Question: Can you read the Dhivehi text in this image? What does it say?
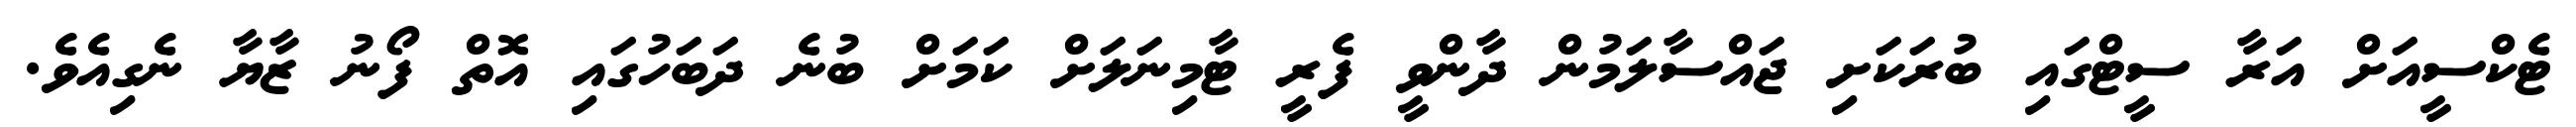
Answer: ޓެކްސީއަށް އަރާ ސީޓްގައި ބުރަކަށި ޖައްސާލަމުން ދާންވީ ފެރީ ޓާމިނަލަށް ކަމަށް ބުނެ ދަބަހުގައި އޮތް ފޯނު ޒާޔާ ނެގިއެވެ.